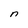
Character: n